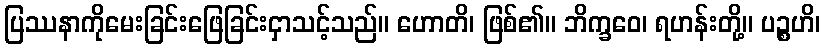
ပြဿနာကိုမေးခြင်းဖြေခြင်းငှာသင့်သည်။ ဟောတိ၊ ဖြစ်၏။ ဘိက္ခဝေ၊ ရဟန်းတို့။ ပဉ္စဟိ၊